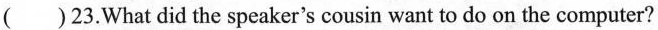
()23.What did the speaker's cousin want to do on the computer?